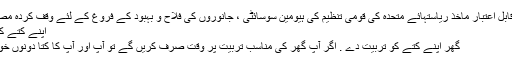
[13] ایکس قابل اعتبار ماخذ ریاستہائے متحدہ کی قومی تنظیم کی ہیومین سوسائٹی ، جانوروں کی فلاح و بہبود کے فروغ کے لئے وقف کردہ مصدر پر جائیں
اپنے کتے کو تربیت دینا
گھر اپنے کتے کو تربیت دے . اگر آپ گھر کی مناسب تربیت پر وقت صرف کریں گے تو آپ اور آپ کا کتا دونوں خوش ہوں گے۔